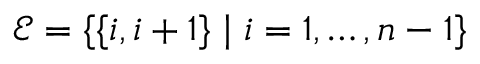
\mathcal { E } = \{ \{ i , i + 1 \} \mid i = 1 , \ldots , n - 1 \}